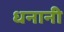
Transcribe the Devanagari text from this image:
धनानी